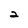
Character: 2